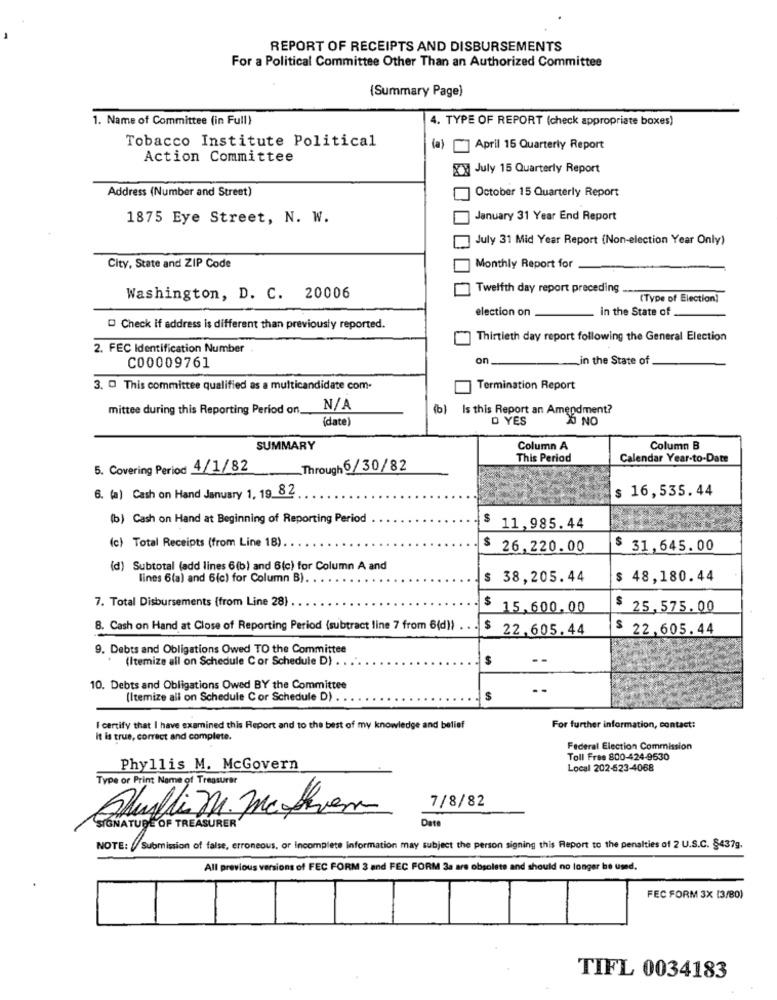
REPORT OF RECEIPTS AND DISBURSEMENTS
For a Political Committee Other Than an Authorized Committee
(Summary Page)
1. Name of Committee (in Full)
4. TYPE OF REPORT (check appropriate boxes)
Tobacco Institute Political
(a)
April 15 Quarterly Report
Action Committee
July 15 Quarterly Report
Address (Number and Street)
October 15 Quarterly Report
1875 Eye Street, N. W.
January 31 Year End Report
July 31 Mid Year Report (Non-election Year Only)
City, State and ZIP Code
Monthly Report for
Twelfth day report preceding
Washington, D. C. 20006
(Type of Election]
election on
in the State of
Check if address is different than previously reported.
Thirtieth day report following the General Election
2. FEC Identification Number
on,
in the State of
C00009761
3. O This committee qualified as a multicandidate com-
Termination Report
mittee during this Reporting Period on.
(b)
Is this Report an Amendment?
(date)
D YES
1% NO
SUMMARY
Column A
Column B
This Period
Calendar Year-to-Date
5. Covering Period 4/1/82
Through 6/ 30/82
6. (a) Cash on Hand January 1, 19 82
$ 16,535.44
(b) Cash on Hand at Beginning of Reporting Period
$ 11,985.44
(c) Total Receipts (from Line 18).
$ 26,220.00
$ 31,645.00
(d) Subtotal (add lines 6(b) and 6(c) for Column A and
lines 6(a) and 6(c) for Column B).
$ 38,205.44
$ 48,180.44
7. Total Disbursements (from Line 28)
$
15.600.00
25,575.00
8. Cash on Hand at Close of Reporting Period (subtract line 7 from 6(d))
$ 22.605.44
22,605.44
9. Debts and Obligations Owed TO the Committee
(Itemize all on Schedule C or Schedule D) .
$
10. Debts and Obligations Owed BY the Committee
--
(Itemize all on Schedule Cor Schedule D) . ..
I certify that I have examined this Report and to the best of my knowledge and belief
For further information, contact:
It is true, correct and complete.
Federal Election Commission
Toll Free 800-424-9630
Phyllis M. McGovern
Local 202-523-4068
Type of Print Name of Treasurer
7/8/82
Chufli m. Mathem
Date
SIGNATURE OF TREASURER
NOTE: / Submission of false, erroneous, or Incomplete information may subject the person signing this Report to the penalties of 2 U.S.C. §437g.
All previous versions of FEC FORM 3 and FEC FORM 3a are obsolete and should no longer be used.
FEC FORM 3X (3/80)
TIFL 0034183